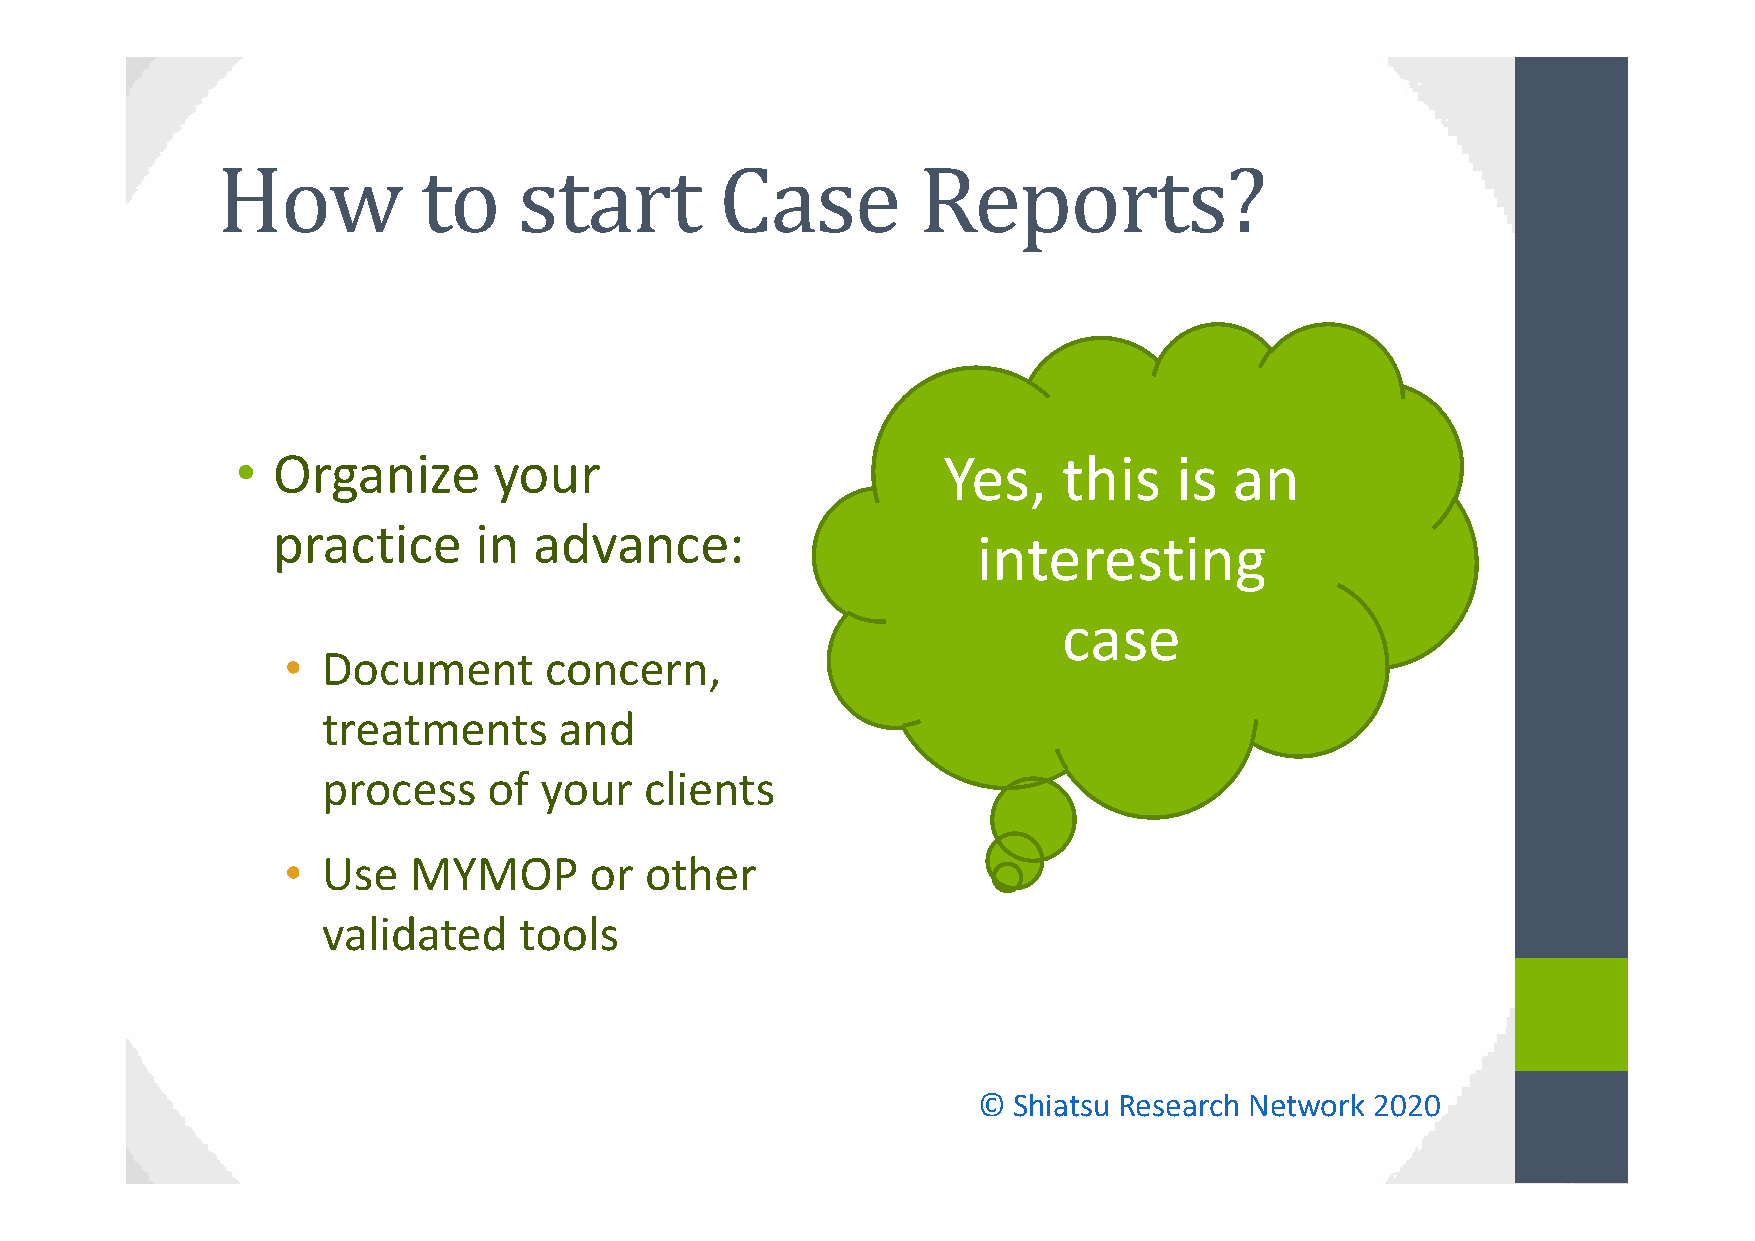
• Organize       your                         Yes,    this    is  an
 practice     in  advance:
 interesting
 case
 • Document       concern,
 treatments      and
 process    of  your   clients
 • Use   MYMOP       or  other
 validated    tools
 © Shiatsu Research Network 2020